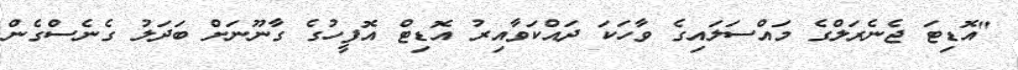
"އޮޑިޓަ ޖެނެރަލްގެ މައްސަލައިގެ ވާހަކަ ދައްކަވާއިރު އޮޑިޓް އޮފީހުގެ ގާނޫނަށް ބަދަލު ގެނެސްގެން